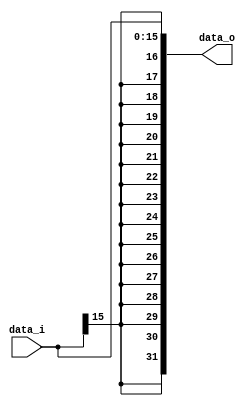
// Code your design here
//maximiliano cerda cid

module signext(
  input  wire [15:0] data_i,
  output wire [31:0] data_o);
  
  assign data_o = {{16{data_i[15]}},data_i};
  
endmodule